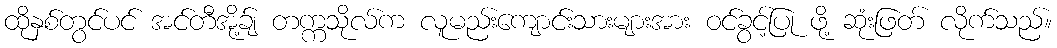
ထိုနှစ်တွင်ပင် အင်တီအို့ခ်ျ တက္ကသိုလ်က လူမည်းကျောင်းသားများအား ဝင်ခွင့်ပြု ဖို့ ဆုံးဖြတ် လိုက်သည်။